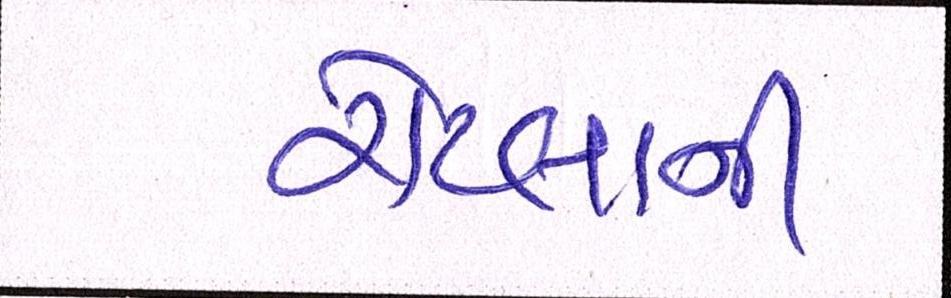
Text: રોટલાની